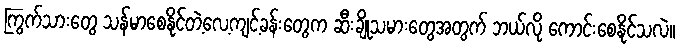
ကြွက်သားတွေ သန်မာစေနိုင်တဲ့လေ့ကျင့်ခန်းတွေက ဆီးချိုသမားတွေအတွက် ဘယ်လို ကောင်းစေနိုင်သလဲ။